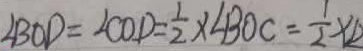
\angle B O D = \angle C O D = \frac { 1 } { 2 } \times \angle B O C = \frac { 1 } { 2 } \times 1 2